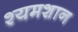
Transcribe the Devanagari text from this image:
श्यमशान